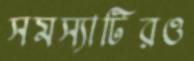
সমস্যাটিরও